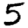
Digit: 5